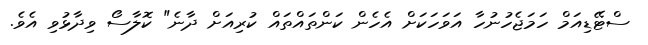
ސްޓޭޑިއަމް ހަމަޖެހުނުހާ އަވަހަކަށް އެހެން ކަންތައްތައް ކުރިއަށް ދާނެ" ކޮލާސޯ ވިދާޅުވި އެވެ.